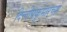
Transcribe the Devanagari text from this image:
दिलीपकुमारच्या